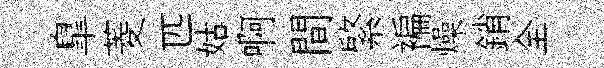
臯菱匹姑啊間綮褊燥銷全